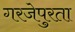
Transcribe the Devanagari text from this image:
गरजेपुरता